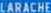
LARACHE